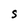
Character: S